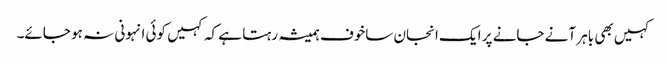
کہیں بھی باہر آنے جانے پر ایک انجان ساخوف ہمیشہ رہتا ہے کہ کہیں کوئی انہونی نہ ہو جائے۔